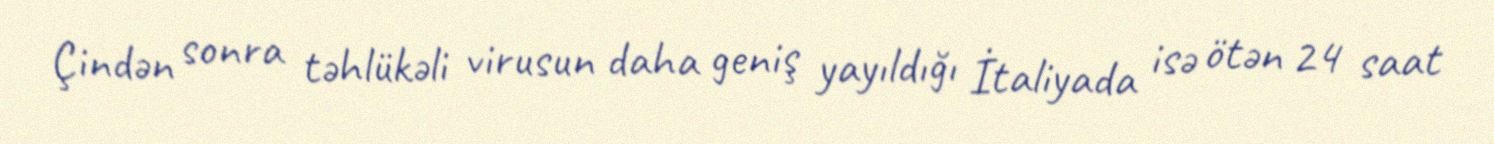
Çindən sonra təhlükəli virusun daha geniş yayıldığı İtaliyada isə ötən 24 saat